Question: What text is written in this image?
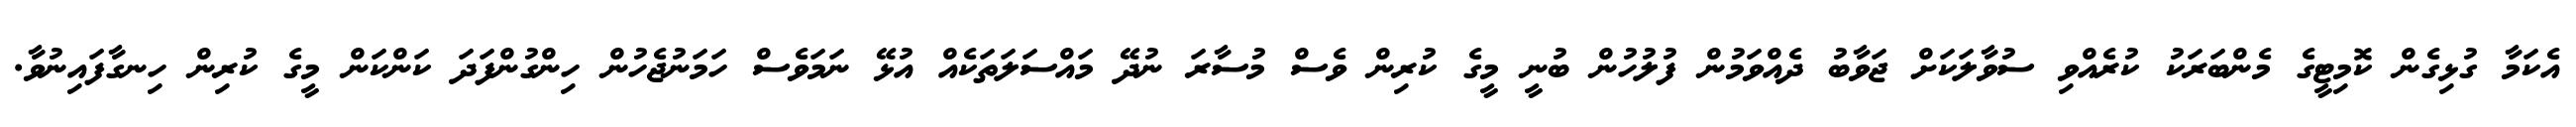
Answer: އެކަމާ ގުޅިގެން ކޮމިޓީގެ މެންބަރަކު ކުރެއްވި ސުވާލަކަށް ޖަވާބު ދެއްވަމުން ފުލުހުން ބުނީ މީގެ ކުރިން ވެސް މުސާރަ ނުދޭ މައްސަލަތަކެއް އުޅޭ ނަމަވެސް ހަމަނުޖެހުން ހިންގުންފަދަ ކަންކަން މީގެ ކުރިން ހިނގާފައިނުވާ.